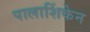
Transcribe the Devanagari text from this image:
पालाशिंकेन